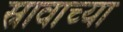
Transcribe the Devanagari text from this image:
स्रावाच्या